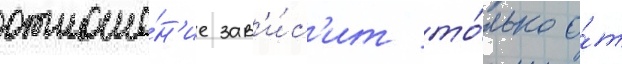
отноше́н'ие зав'и́с'ит то́лько о́т